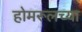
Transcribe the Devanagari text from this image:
होमरूलच्या